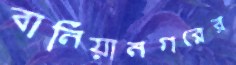
বানিয়ানগরের